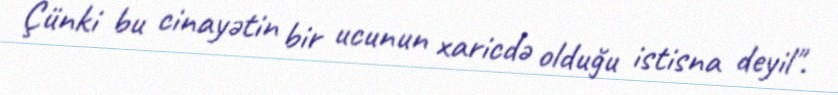
Çünki bu cinayətin bir ucunun xaricdə olduğu istisna deyil".